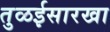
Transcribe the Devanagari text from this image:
तुळईसारखा